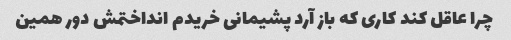
چرا عاقل کند کاری که باز آرد پشیمانی خریدم انداختمش دور همین